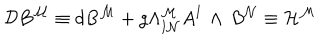
\mathcal { D } B ^ { \mathcal { M } } \equiv d B ^ { \mathcal { M } } + g \Lambda _ { \mathbf { I } \mathcal { N } } ^ { \mathcal { M } } A ^ { \mathbf { I } } \, \wedge \, B ^ { \mathcal { N } } \equiv \mathcal { H } ^ { \mathcal { M } }